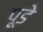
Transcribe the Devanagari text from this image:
पूडे